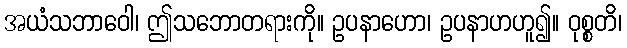
အယံသဘာဝေါ၊ ဤသဘောတရားကို။ ဥပနာဟော၊ ဥပနာဟဟူ၍။ ဝုစ္စတိ၊